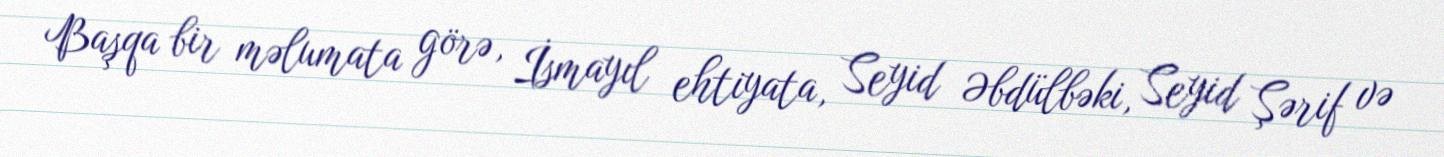
Başqa bir məlumata görə, İsmayıl ehtiyata, Seyid Əbdülbəki, Seyid Şərif və